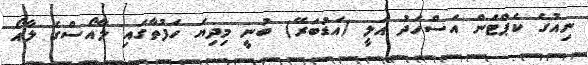
ނިއުގެ ކެޕްޓަން އަސްހަދު އަލީ (އަޑުބަރޭ) ބުނީ މިދިޔަ ހަފުތާގައި ލާއޯސްގެ ލާއޯ